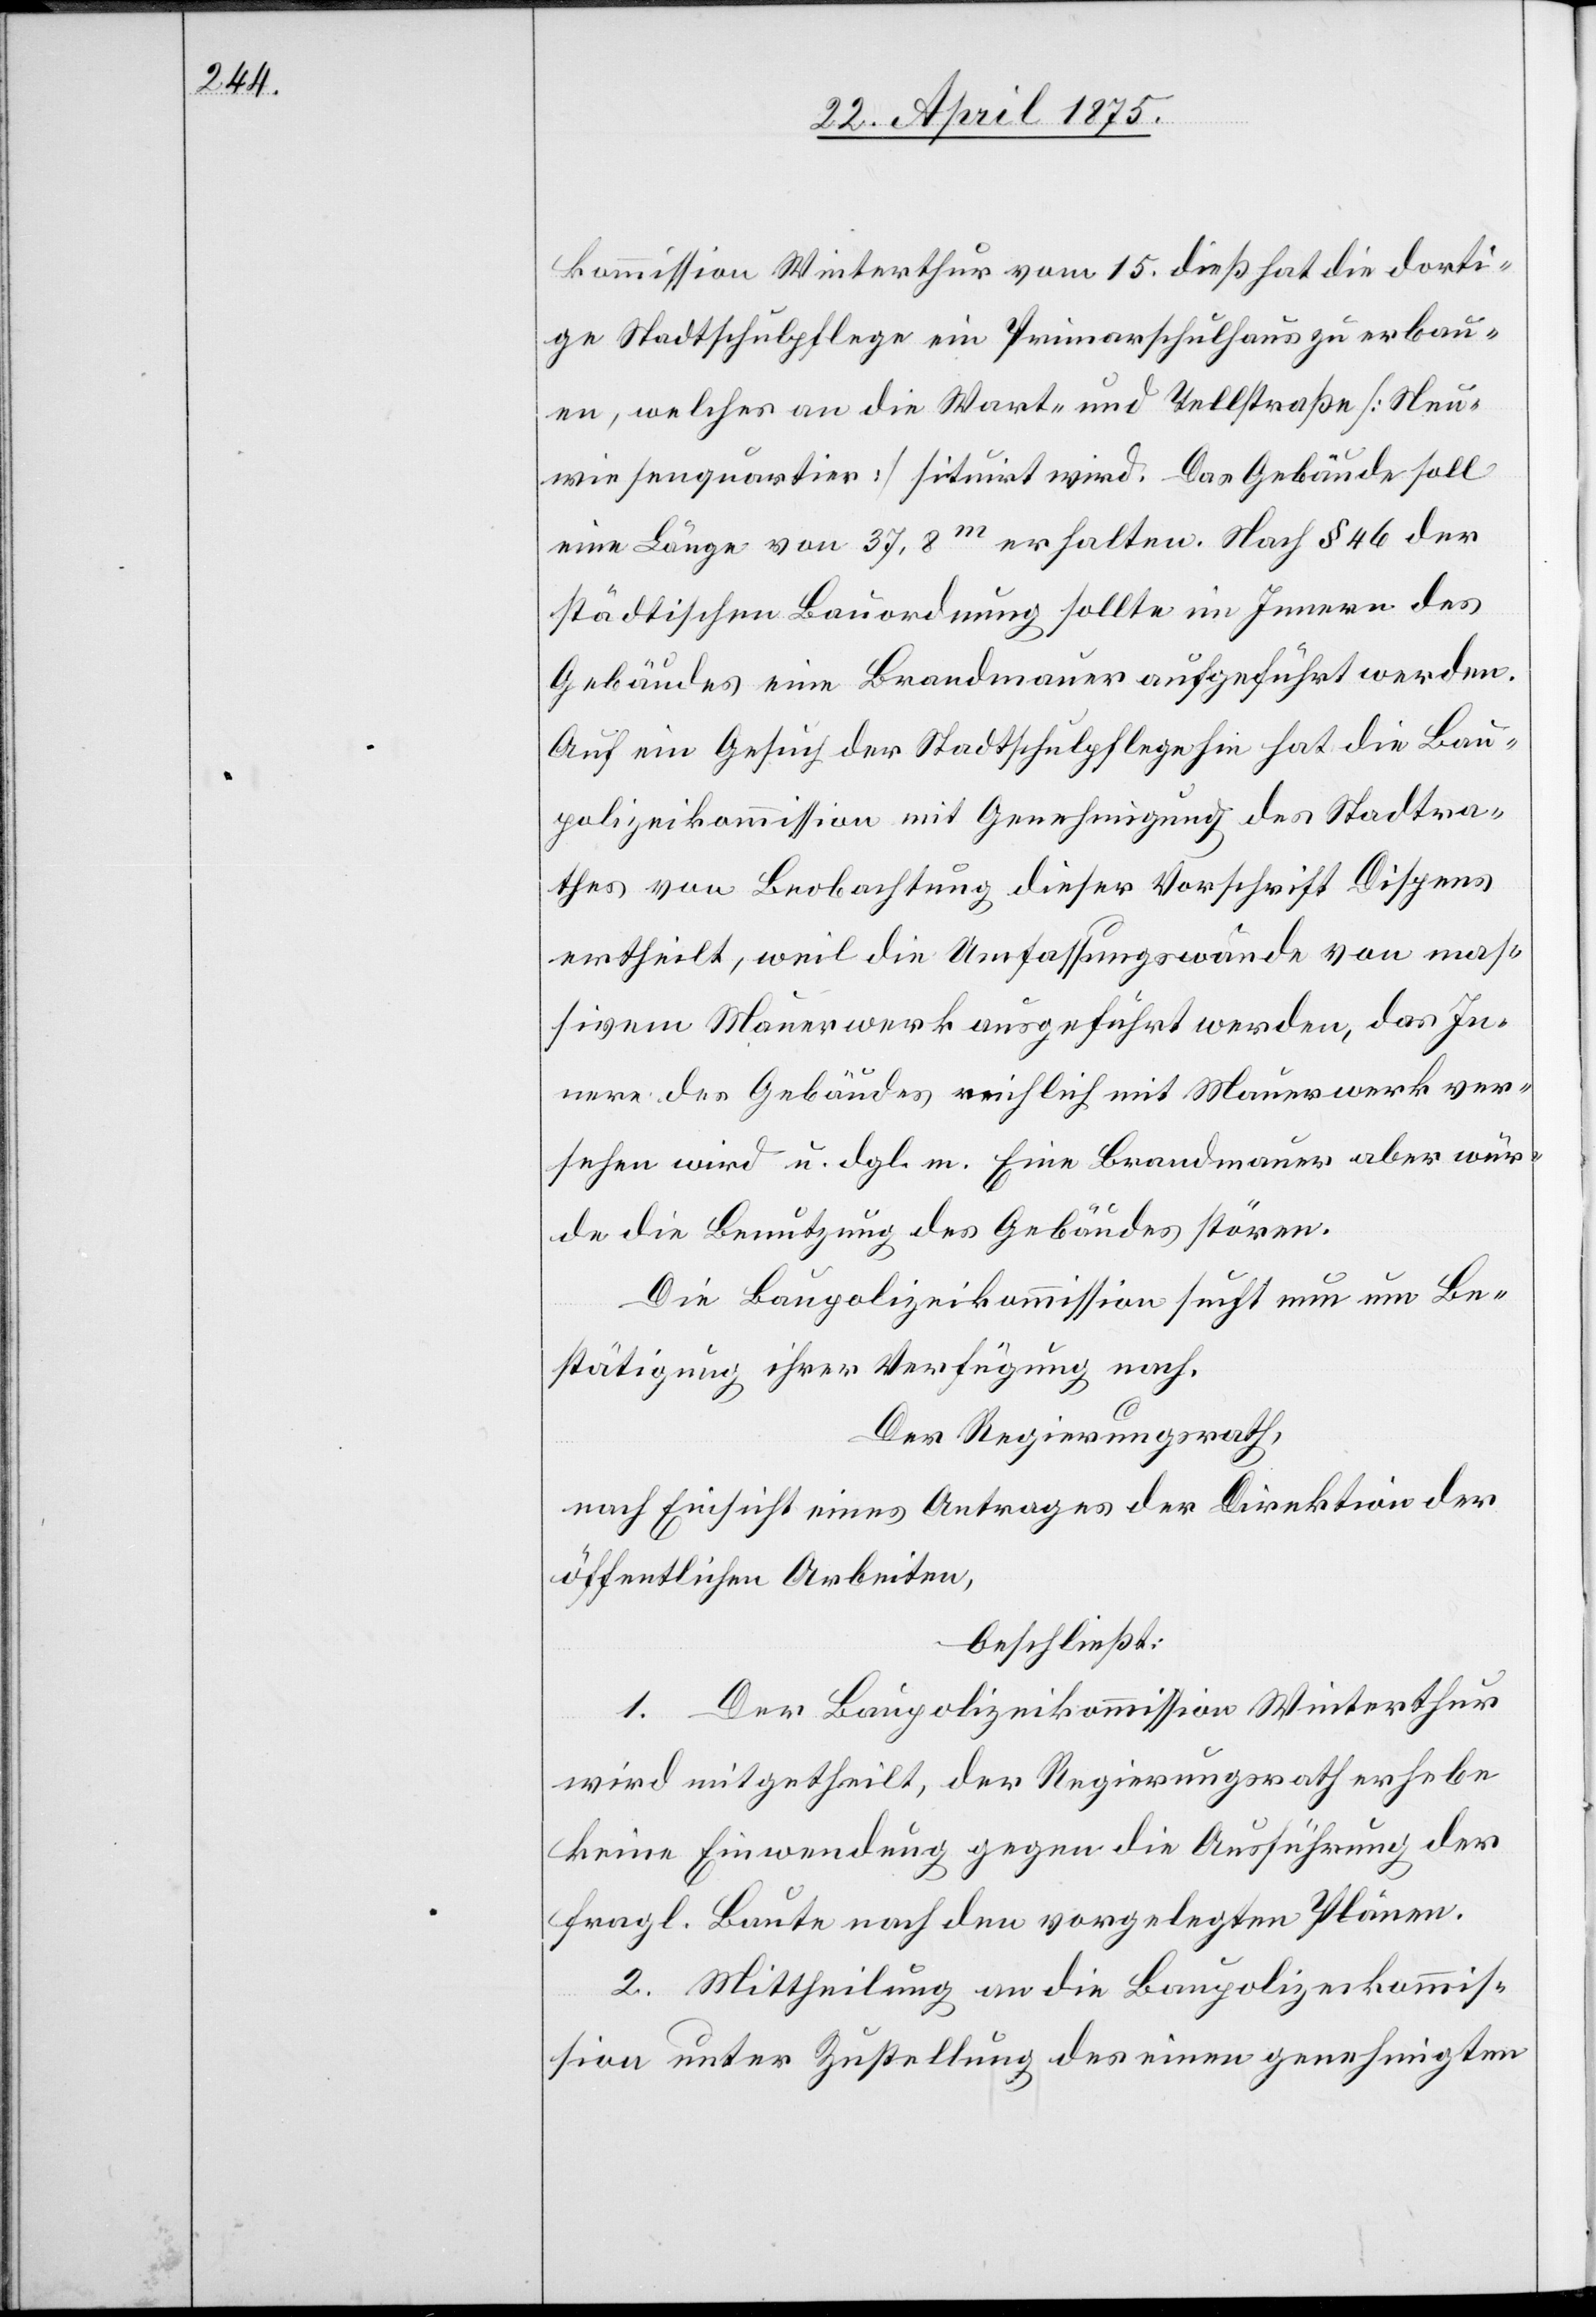
kommission Winterthur vom 15. dieß. hat die dorti¬
ge Stadtschulpflege ein Primarschulhaus zu erbau¬
en, welches an die Wart- und Tellstraße [Neu¬
wiesenquartier] situirt wird. Das Gebäude soll
eine Länge von 37,8m erhalten. Nach § 46 der
städtischen Bauordnung sollte im Innern des
Gebäudes eine Brandmauer aufgeführt werden.
Auf ein Gesuch der Stadtschulpflege hat die Bau¬
polizeikommission mit Genehmigung des Stadtra¬
thes von Beobachtung dieser Vorschrift Dispens
ertheilt, weil die Umfassungswände von mas¬
sivem Mauerwerk ausgeführt werden, das In¬
nere des Gebäudes reichlich mit Mauerwerk ver¬
sehen wird u. dgl. m. Eine Brandmauer aber wür¬
de die Benutzung des Gebäudes stören.
Die Baupolizeikommission sucht nun um Be¬
stätigung ihrer Verfügung nach.
Der Regierungsrath,
nach Einsicht eines Antrages der Direktion der
öffentlichen Arbeiten,
beschließt:
1. Der Baupolizeikommission Winterthur
wird mitgetheilt, der Regierungsrath erhebe
keine Einwendung gegen die Ausführung der
fragl. Baute nach den vorgelegten Plänen.
2. Mittheilung an die Baupolizeikommis¬
sion unter Zustellung der einen genehmigten